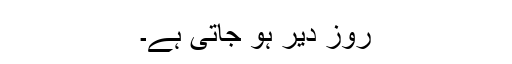
روز دیر ہو جاتی ہے۔